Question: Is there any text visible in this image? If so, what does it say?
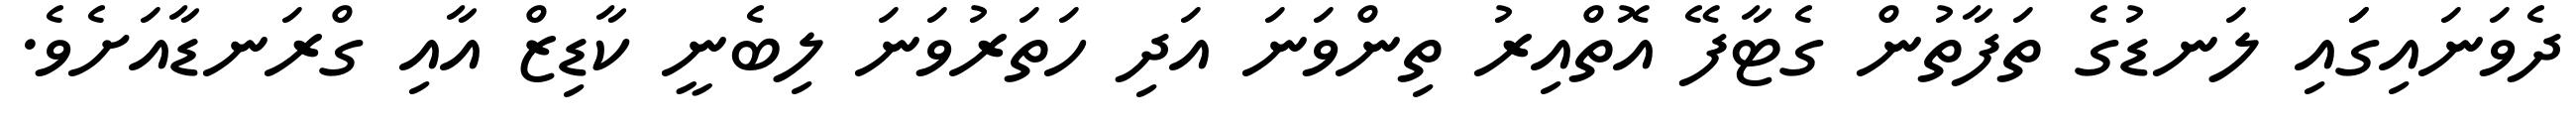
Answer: ދެވަނައިގަައި ލަނޑުގެ ތަފާތުން ގެޓާފޭ އޮތްއިރު ތިންވަނަ އަދި ހަތަރުވަނަ ލިބެނީ ކާޑިޒް އާއި ގްރަނޑާއަށެވެ.